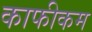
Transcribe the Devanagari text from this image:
काफीकम